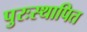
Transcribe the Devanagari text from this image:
पुरःस्थापित